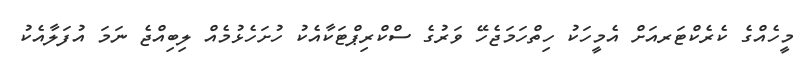
މީހެއްގެ ކެރެކްޓަރއަށް އެމީހަކު ހިތްހަމަޖެހޭ ވަރުގެ ސްކްރިޕްޓަކާއެކު ހުށަހެޅުމެއް ލިބިއްޖެ ނަމަ އުފަލާއެކު